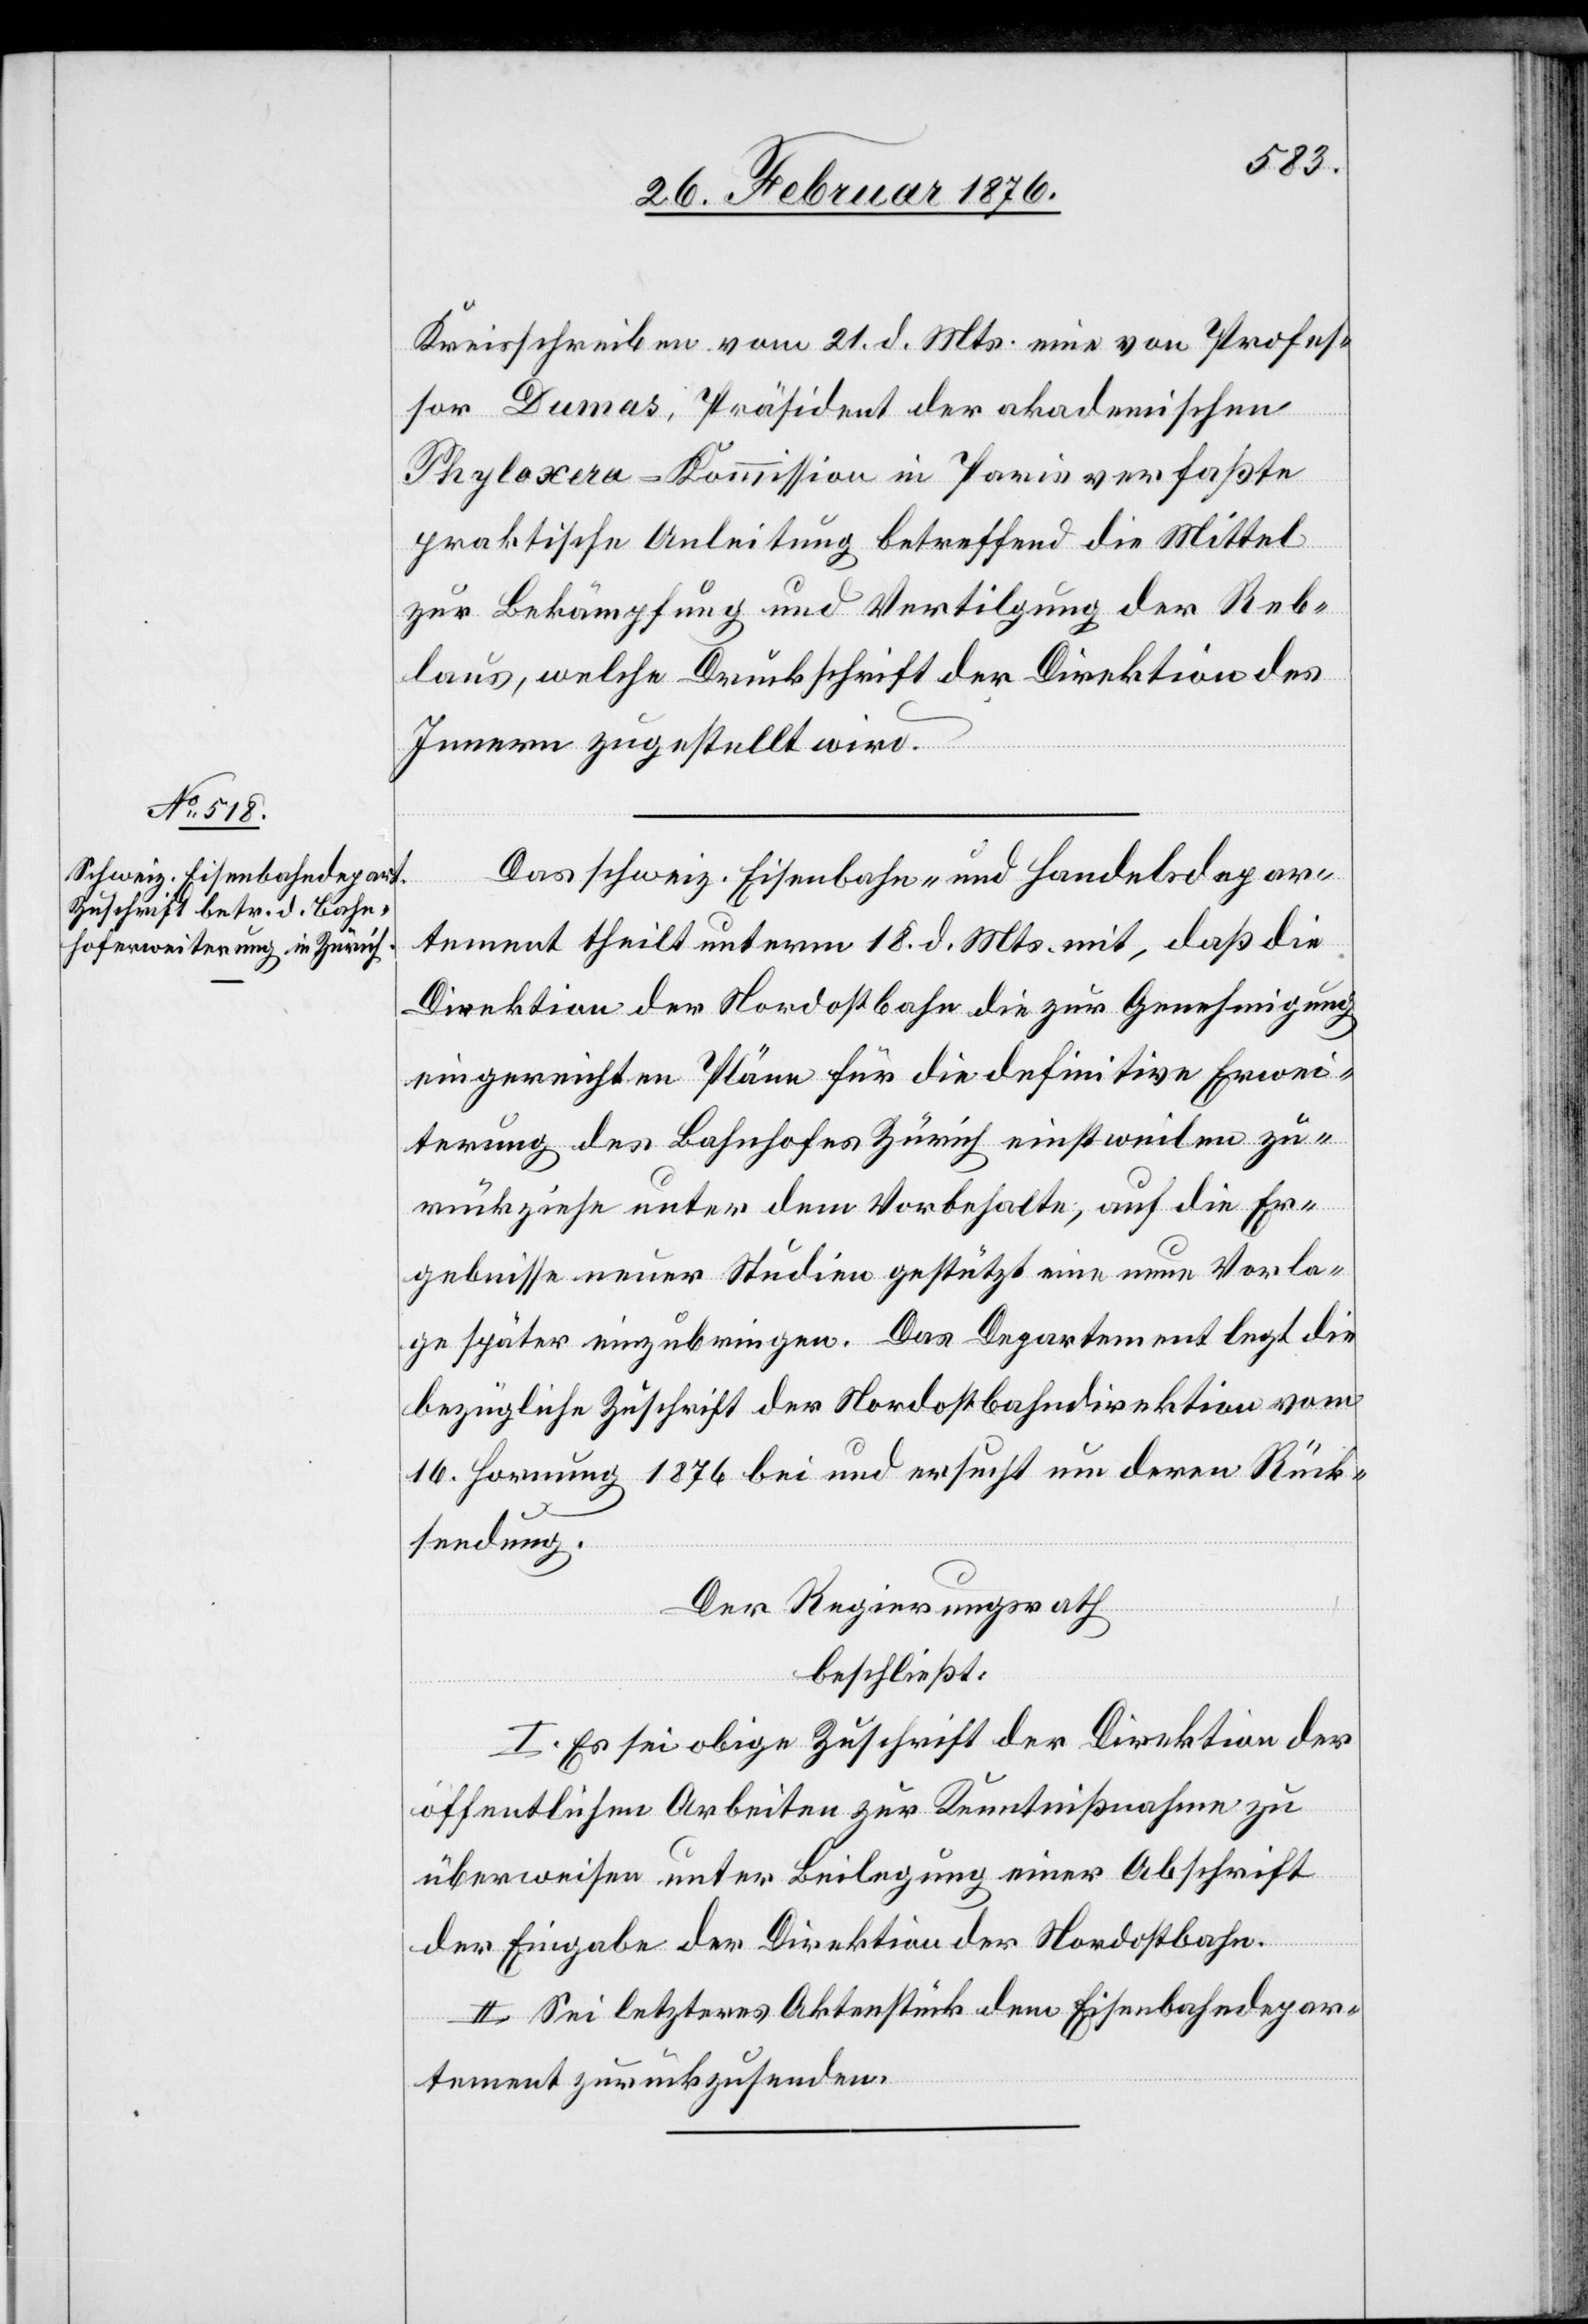
Kreisschreiben vom 21. d. Mts. eine von Profes¬
sor Dumas, Präsident der akademischen
Phyloxera-Kommission in Paris verfaßte
praktische Anleitung betreffend die Mittel
zur Bekämpfung und Vertilgung der Reb¬
laus, welche Druckschrift der Direktion des
Innern zugestellt wird.
Das schweiz. Eisenbahn- und Handelsdepar¬
tement theilt unterm 18. d. Mts. mit, daß die
Direktion der Nordostbahn die zur Genehmigung
eingereichten Pläne für die definitive Erwei¬
terung des Bahnhofes Zürich einstweilen zu¬
rückziehe unter dem Vorbehalte, auf die Er¬
gebnisse neuer Studien gestützt eine neue Vorla¬
ge einzubringen. Das Departement legt die
bezügliche Zuschrift der Nordostbahndirektion vom
16. Hornung 1876 bei und ersucht um deren Rück¬
sendung.
Der Regierungsrath,
beschließt:
I. Es sei obige Zuschrift der Direktion der
öffentlichen Arbeiten zur Kenntnißnahme zu
überweisen unter Beilegung einer Abschrift
der Eingabe der Direktion der Nordostbahn.
II. Sei letzteres Aktenstück dem Eisenbahndepar¬
tement zurückzusenden.